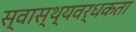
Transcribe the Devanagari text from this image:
स्वास्थ्यवर्धकता